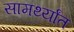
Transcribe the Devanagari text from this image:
सामर्थ्यांत